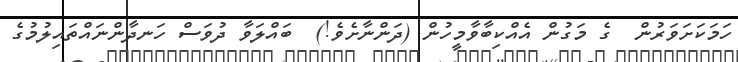
ހަމަކަށަވަރުން  ގެ މަގުން އެއްކިބާވާމީހުން (ދަންނާށެވެ!)  ބައްލަވާ ދުވަސް ހަނދާންނައްތައިލުމުގެ